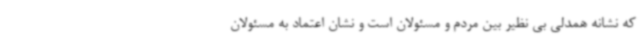
که نشانه همدلی بی نظیر بین مردم و مسئولان است و نشان اعتماد به مسئولان